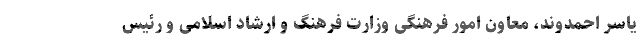
یاسر احمدوند، معاون امور فرهنگی وزارت فرهنگ و ارشاد اسلامی و رئیس